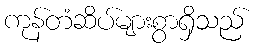
ကုန်တံဆိပ်များစွာရှိသည်